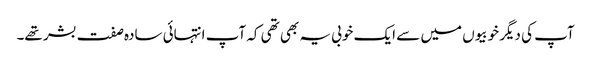
آپ کی دیگر خوبیوں میں سے ایک خوبی یہ بھی تھی کہ آپ انتہائی سادہ صفت بشر تھے۔